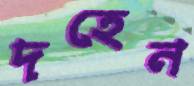
দহেন